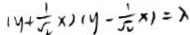
( y + \frac { 1 } { \sqrt { 2 } } x ) ( y - \frac { 1 } { \sqrt { 2 } } \times 1 = \lambda